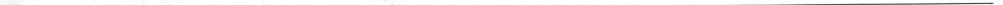
___